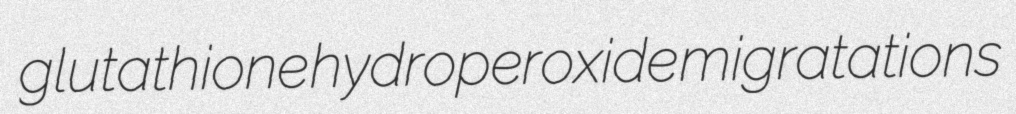
glutathione hydroperoxide migratations